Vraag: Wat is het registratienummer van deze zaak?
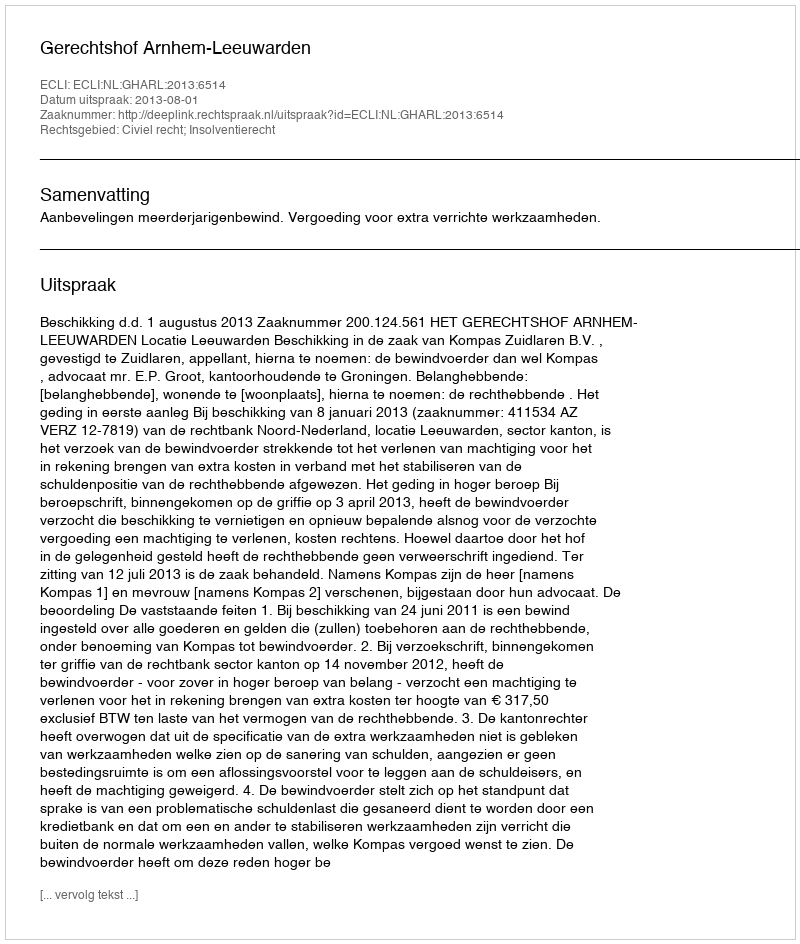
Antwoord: http://deeplink.rechtspraak.nl/uitspraak?id=ECLI:NL:GHARL:2013:6514